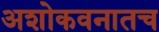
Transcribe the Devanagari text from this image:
अशोकवनातच